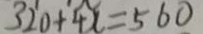
3 2 0 + 4 x = 5 6 0